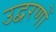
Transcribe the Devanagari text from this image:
उद्वरणों